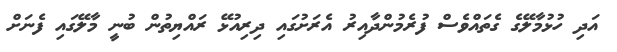
އަދި ހުޅުމާލޭގެ ގެތައްވެސް ފުރެމުންދާއިރު އެރަށުގައި ދިރިއުޅޭ ރައްޔިތުން ބުނީ މާލޭގައި ފެނަށް